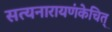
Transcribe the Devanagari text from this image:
सत्यनारायणंकेचित्